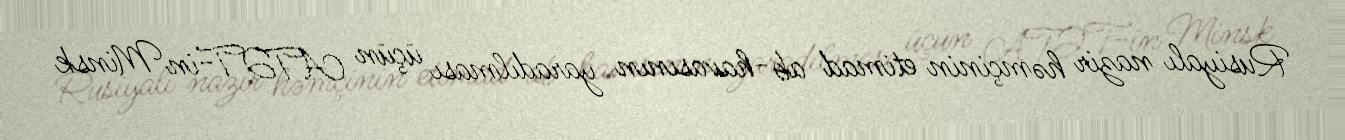
Rusiyalı nazir həmçinin etimad ab-havasının yaradılması üçün ATƏT-in Minsk